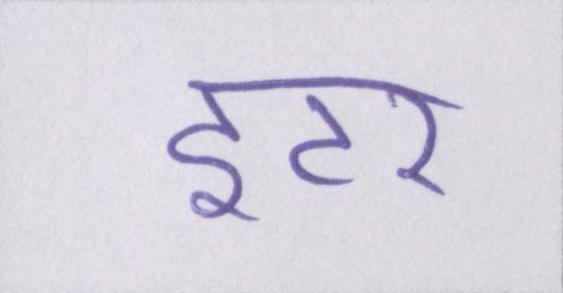
इंटर